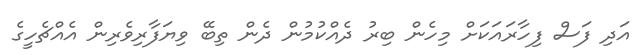
އަދި ފަސް ފިހާރައަކަށް މިހެން ބިރު ދެއްކުމުން ދެން ތިބޭ ވިޔަފާރިވެރިން އެއްޗެހީގެ